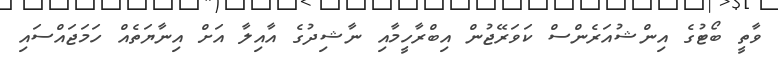
ވާތީ ބޯޓުގެ އިންޝުއަރެންސް ކަވަރޭޖުން އިބްރާހީމާއި ނާޝިދުގެ އާއިލާ އަށް އިނާޔަތެއް ހަމަޖައްސައި